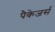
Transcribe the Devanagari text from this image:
पैकेजर्स